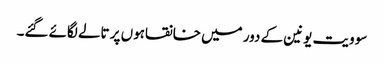
سو ویت یونین کے دور میں خانقاہوں پر تالے لگائے گئے۔